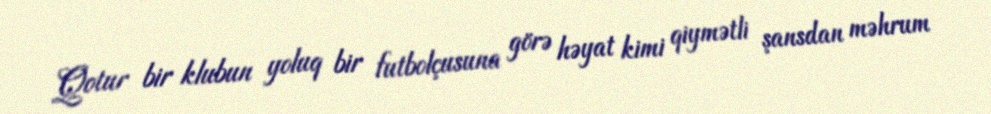
Qotur bir klubun yoluq bir futbolçusuna görə həyat kimi qiymətli şansdan məhrum